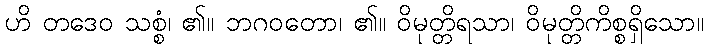
ဟိ တဒေဝ သစ္စံ၊ ၏။ ဘဂဝတော၊ ၏။ ဝိမုတ္တိရသာ၊ ဝိမုတ္တိကိစ္စရှိသော။